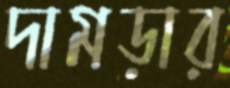
দামড়ার